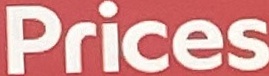
Prices